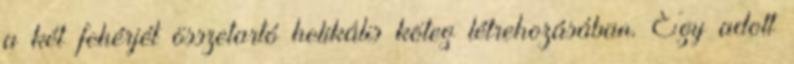
a két fehérjét összetartó helikális köteg létrehozásában. Egy adott